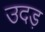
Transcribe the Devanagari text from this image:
उदड़